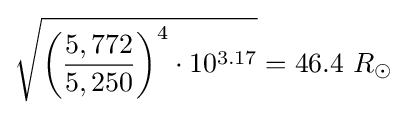
{\sqrt {{\biggl (}{\frac {5,772}{5,250}}{\biggr )}^{4}\cdot 10^{3.17}}}=46.4\ R_{\odot }